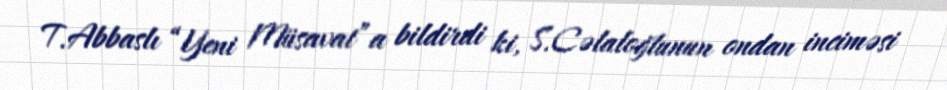
T.Abbaslı “Yeni Müsavat”a bildirdi ki, S.Cəlaloğlunun ondan inciməsi